Senior Leaving Certificate Examination (including Day School Certificate (Higher) General paper), 1948
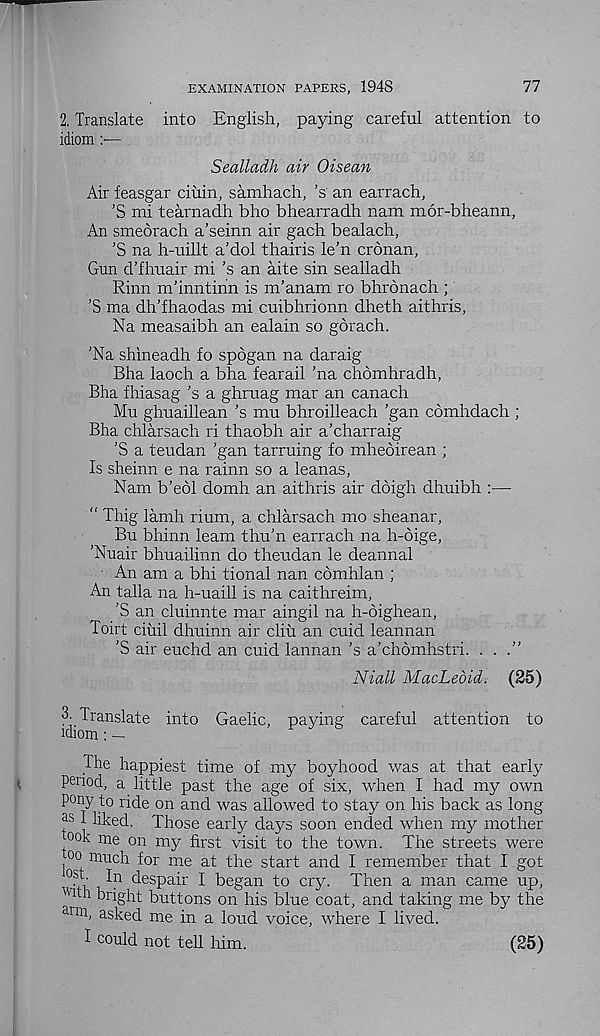
EXAMINATION PAPERS, 1948
77
2. Translate into English, paying careful attention to
idiom:—
Sealladh air Oisean
Air feasgar ciuin, samhach, ’s' an earrach,
’S mi tearnadh bho bhearradh nam mor-bheann,
An smedrach a’seinn air gach bealach,
’S na h-uillt a’dol thairis le’n crdnan,
Gun d’fhuair mi’s an aite sin sealladh
Rinn m’inntinn is m’anam ro bhronach ;
’S ma dh’fhaodas mi cuibhrionn dheth aithris,
Na measaibh an ealain so gorach.
’Na shineadh fo spdgan na daraig
Bha laoch a bha fearail ’na chomhradh,
Bha fhiasag’s a ghruag mar an canach
Mu ghuaillean’s mu bhroilleach ’gan comhdach ;
Bha chlarsach ri thaobh air a’charraig
’S a teudan ’gan tarruing fo mheoirean ;
Is sheinn e na rainn so a leanas,
Nam b’edl domh an aithris air ddigh dhuibh :—
“ Thig lamh rium, a chlarsach mo sheanar,
Bu bhinn leam thu’n earrach na h-dige,
’Nuair bhuailinn do theudan le deannal
An am a bhi tional nan cdmhlan ;
An talla na h-uaill is na caithreim,
’S an cluinnte mar aingil na h-dighean,
Toirt ciuil dhuinn air cliii an cuid leannan
’S air euchd an cuid lannan’s a’chdmhstri. ...”
Niall MacLedid. (25)
3. Translate into Gaelic, paying careful attention to
idiom
The happiest time of my boyhood was at that early
period, a little past the age of six, when I had my own
pony to ride on and was allowed to stay on his back as long
I liked. Those early days soon ended when my mother
°ok me on my first visit to the town. The streets were
°o much for me at the start and I remember that I got
ost ' ^ despair I began to cry. Then a man came up,
ivith bright buttons on his blue coat, and taking me by the
ar m, asked me in a loud voice, where I lived.
I could not tell him.
(25)